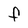
Character: F